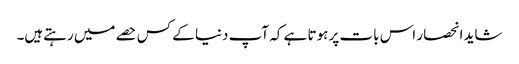
شاید انحصار اس بات پر ہوتا ہے کہ آپ دنیا کے کس حصے میں رہتےہیں۔